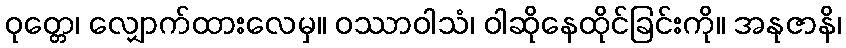
ဝုတ္တေ၊ လျှောက်ထားလေမှ။ ဝဿာဝါသံ၊ ဝါဆိုနေထိုင်ခြင်းကို။ အနုဇာနိ၊